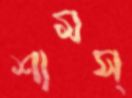
শামস্